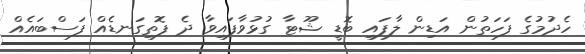
ހެދުމުގެ ފަހަތުން އަޑިން ލާފައި ބޮޑީ ޝޫޓާ ގުޅުވާފައިވާ ދެ ފޮތިގަނޑެއް ފަސްބައެއް